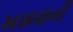
ખસવાની